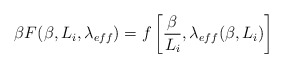
\begin{align*}\beta F(\beta,L_{i},\lambda_{eff})= f\left[\frac{\beta}{L_{i}}, \lambda_{eff}(\beta,L_{i})\right]\end{align*}